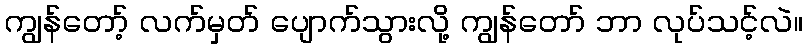
ကျွန်တော့် လက်မှတ် ပျောက်သွားလို့ ကျွန်တော် ဘာ လုပ်သင့်လဲ။